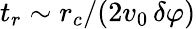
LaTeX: t_{r}\sim r_{c}/(2v_{0}\, \delta\varphi)